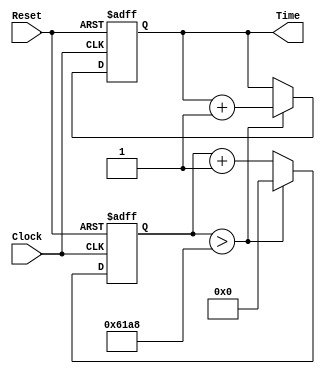
`timescale 1ns / 1ps
//////////////////////////////////////////////////////////////////////////////////
// Company: 
// Engineer: 
// 
// Design Name: 
// Module Name:    SystemClock 
// Project Name: 
// Target Devices: 
// Tool versions: 
// Description: 
//
// Dependencies: 
//
// Revision: 
// Revision 0.01 - File Created
// Additional Comments: 
//
//////////////////////////////////////////////////////////////////////////////////
module SystemClock(
    input Clock,
    input Reset,
    output reg [15:0] Time
    );
	
	reg [15:0] count;
	
	initial begin
		count = 0;
		Time  = 0;
	end

	always @(posedge Clock, negedge Reset)
	begin
		if (~Reset)
			begin
				Time <= 0;
				count <= 0;
			end
		else
			begin
				if (count > 16'h61a8)
					begin
						Time <= Time + 16'h0001;
						count <= 16'h0000;
					end
				else
					count <= count + 16'h0001;
			end
	end

endmodule